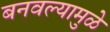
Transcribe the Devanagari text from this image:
बनवल्यामुळे